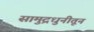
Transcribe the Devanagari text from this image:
सामुद्रधुनीतून